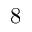
8